Vaccination North-Western Provinces 1866-1877 - 1866-1877
Year: 1866
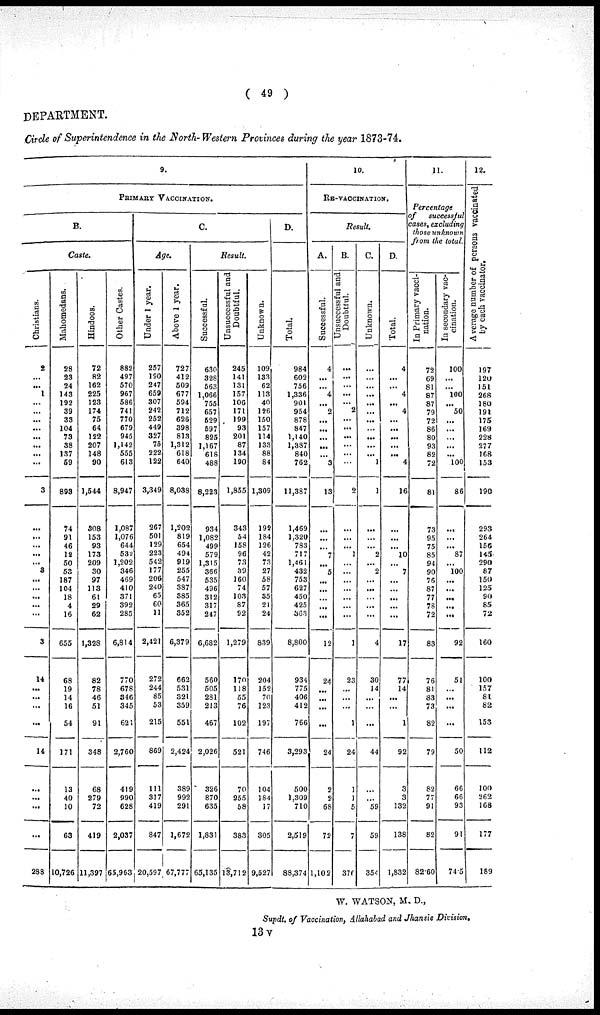
( 49 )
DEPARTMENT.
Circle of Superintendence in the North- Western Provinces during the year 1873-74.
9.
PRIMARY VACCINATION.
B.
Caste.
Christians.
2
...
...
1
...
...
...
...
...
...
...
...
3
...
...
...
...
...
3
...
...
...
...
...
3
14
...
...
...
...
14
...
...
...
...
288
Mahomedans.
28
23
24
143
192
39
33
104
73
38
137
59
893
74
91
46
12
50
53
187
104
18
4
16
655
68
19
14
16
54
171
13
40
10
63
10,726
Hindoos.
72
82
162
225
123
174
75
64
122
207
148
90
1,544
308
153
93
173
209
30
97
113
61
29
62
1,328
82
78
46
51
91
348
68
279
72
419
11,397
Other Castes.
882
497
570
967
586
741
770
679
945
1,142
555
613
8,947
1,087
1,076
644
532
1,202
346
469
410
371
392
285
6,814
770
678
346
345
621
2,760
419
990
628
2,037
65,963
C.
Age.
Under 1 year.
257
190
247
659
307
242
252
449
327
75
222
122
3,349
267
501
129
223
542
177
206
240
65
60
11
2,421
272
244
85
53
215
869
111
317
419
847
20,597
Above 1 year.
727
412
509
677
594
712
626
398
813
1,312
618
640
8,038
1,202
819
654
494
919
255
547
387
385
365
352
6,379
662
531
321
359
551
2,424
389
992
291
1,672
67,777
Result.
Successful.
630
328
563
1,066
755
657
529
597
825
1,167
618
488
8,223
934
1,082
499
579
1,315
366
535
496
312
317
247
6,682
560
505
281
213
467
2,026
326
870
635
1,831
65,135
Unsuccessful and
Doubtful.
245
141
131
157
106
171
199
93
201
87
134
190
1,855
343
54
158
96
73
39
160
74
103
87
92
1,279
170
118
55
76
102
521
70
255
58
383
13,712
Unknown.
109
133
62
113
40
126
150
157
114
133
88
84
1,309
192
184
126
42
73
27
58
57
35
21
24
839
204
152
70
123
197
746
104
184
17
305
9,527
D.
Total.
984
602
756
1,336
901
954
878
847
1,140
1,387
840
762
11,387
1,469
1,320
783
717
1,461
432
753
627
450
425
363
8,800
934
775
406
412
766
3,293
500
1,309
710
2,519
88,374
10.
RE-VACCINATION.
Result.
A.
Successful.
4
...
...
4
...
2
...
...
...
...
...
3
13
...
...
...
7
...
5
...
...
...
...
...
12
24
...
...
...
...
24
2
2
68
72
1,102
B.
Unsuccessful and
Doubtful.
...
...
...
...
...
2
...
...
...
...
...
...
2
...
...
...
1
...
...
...
...
...
...
...
1
23
...
...
...
1
24
1
1
5
7
370
C.
Unknown.
...
...
...
...
...
...
...
...
...
...
...
1
1
...
...
...
2
...
2
...
...
...
...
...
4
30
14
...
...
...
44
...
...
59
59
354
D.
Total.
4
...
...
4
...
4
...
...
...
...
...
4
16
...
...
...
10
...
7
...
...
...
...
...
17
77
14
...
...
1
92
3
3
132
138
1,832
11.
Percentage
of
successful
cases, excluding
those unknown
from the total.
In Primary vacci-
nation.
72
69
81
87
87
79
72
86
80
93
82
72
81
73
95
75
85
94
90
76
87
77
78
72
83
76
81
83
73
82
79
82
77
91
82
82.60
In secondary vac-
cination.
100
...
...
100
...
50
...
...
...
...
...
100
86
...
...
...
87
...
100
...
...
...
...
...
92
51
...
...
...
...
50
66
66
93
91
74.5
12.
Average number of persons vaccinated
by each vaccinator.
197
120
151
268
180
191
175
169
228
277
168
153
190
293
264
156
145
290
87
150
125
90
85
72
160
100
157
81
82
153
112
100
262
168
177
189
W. WATSON, M. D.,
Supdt. of Vaccination, Allahabad and Jhansie Division.
13 V